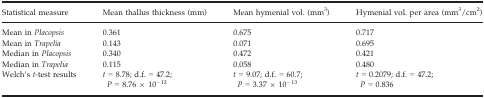
<table><thead><tr><td><b>Statistical measure</b></td><td><b>Mean thallus thickness (mm)</b></td><td><b>Mean hymenial vol. (mm<sup>3</sup>)</b></td><td><b>Hymenial vol. per area (mm<sup>3</sup>/cm<sup>2</sup>)</b></td></tr></thead><tbody><tr><td>Mean in <i>Placopsis</i></td><td>0.361</td><td>0.675</td><td>0.717</td></tr><tr><td>Mean in <i>Trapelia</i></td><td>0.143</td><td>0.071</td><td>0.695</td></tr><tr><td>Median in <i>Placopsis</i></td><td>0.340</td><td>0.472</td><td>0.421</td></tr><tr><td>Median in <i>Trapelia</i></td><td>0.115</td><td>0.058</td><td>0.480</td></tr><tr><td>Welch&#x27;s <i>t</i>‐test results</td><td><i>t</i> = 8.78; d.f. = 47.2; <i>P</i> = 8.76 × 10<sup>−12</sup></td><td><i>t</i> = 9.07; d.f. = 60.7; <i>P</i> = 3.37 × 10<sup>−13</sup></td><td><i>t</i> = 0.2079; d.f. = 47.2; <i>P</i> = 0.836</td></tr></tbody></table>